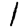
Digit: 1